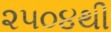
૨૫૦૪થી